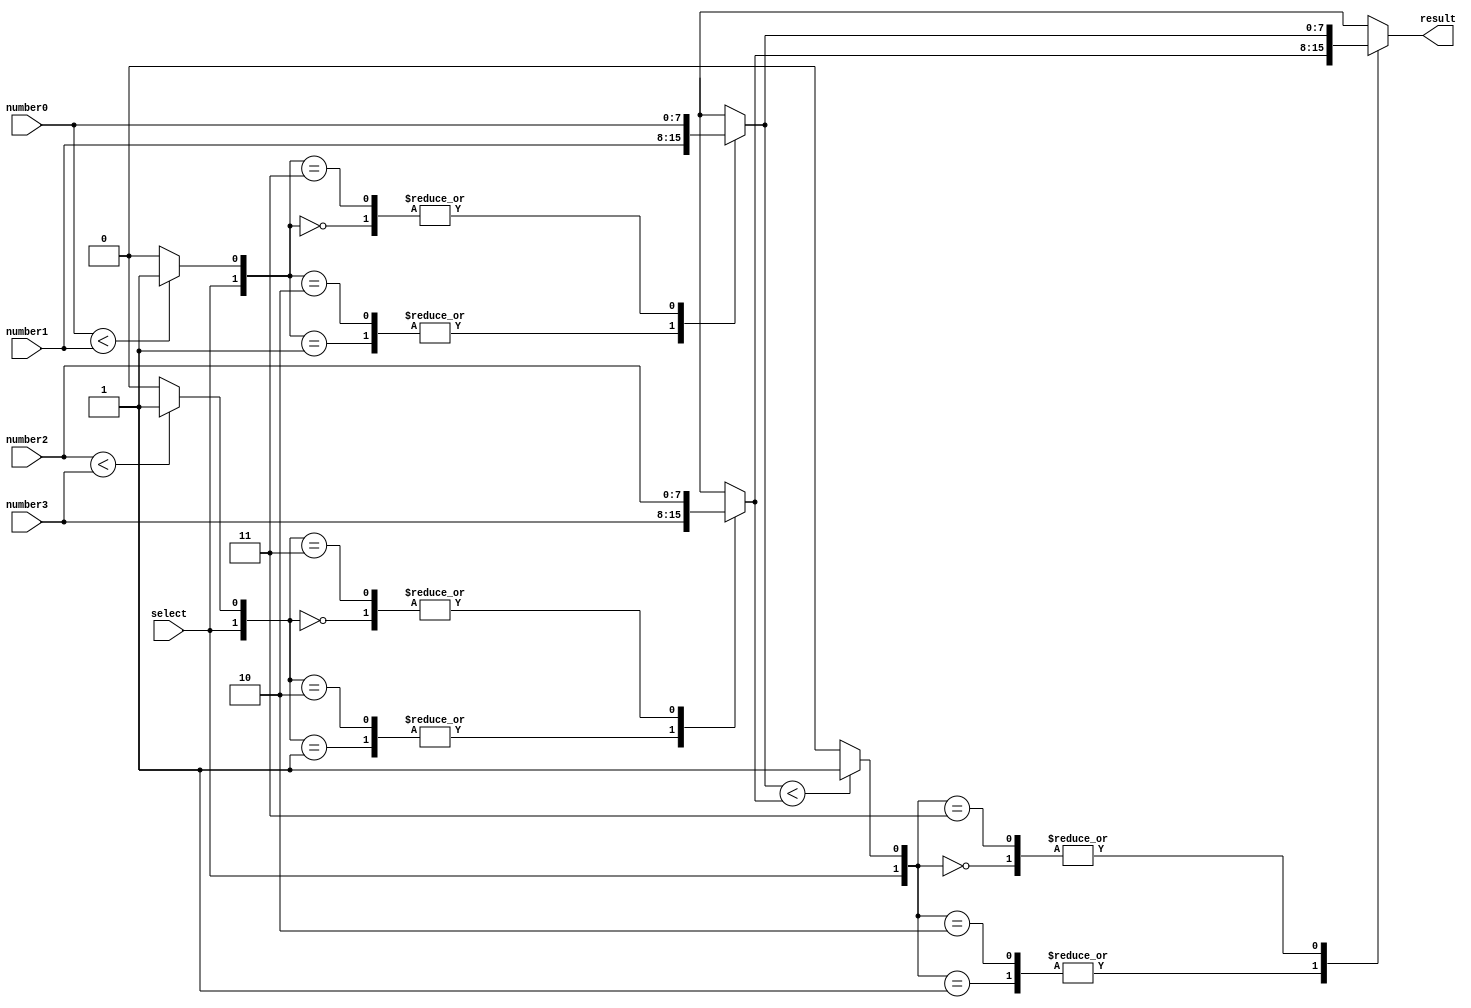
module MMS_4num(result, select, number0, number1, number2, number3);

	input        select;
	input  [7:0] number0;
	input  [7:0] number1;
	input  [7:0] number2;
	input  [7:0] number3;
	output reg [7:0] result; 

	reg cmp0, cmp1, cmp2; 
	reg [7:0] mux0, mux1;
	always @(*) begin
		// number01 comparison
		cmp0 = (number0 < number1) ? 1'b1:1'b0;
		case ({select, cmp0})
			2'b00: mux0 = number0;
			2'b01: mux0 = number1;
			2'b10: mux0 = number1;
			2'b11: mux0 = number0;
			// default: mux0 = number0;
		endcase

		// number23 comparison
		cmp1 = (number2<number3)? 1'b1:1'b0;
		case ({select, cmp1})
			2'b00: mux1 = number2;
			2'b01: mux1 = number3;
			2'b10: mux1 = number3;
			2'b11: mux1 = number2;
			// default: mux1 = number2;
		endcase

		// mux01 comparison
		cmp2 = (mux0<mux1)? 1'b1:1'b0;
		case ({select, cmp2})
			2'b00: result = mux0;
			2'b01: result = mux1;
			2'b10: result = mux1;
			2'b11: result = mux0;
			// default: result = mux0;
		endcase
	end
endmodule